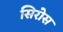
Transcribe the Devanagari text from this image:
सिरोस